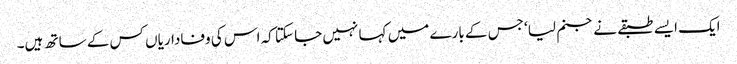
ایک ایسے طبقے نے جنم لیا‘ جس کے بارے میں کہا نہیں جا سکتا کہ اس کی وفاداریاں کس کے ساتھ ہیں۔